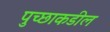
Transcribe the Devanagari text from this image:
पुच्छाकडील